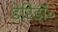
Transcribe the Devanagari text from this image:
डेरिडॉ॰